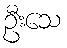
ဦးသေ